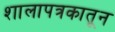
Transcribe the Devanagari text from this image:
शालापत्रकातून